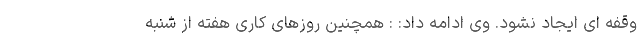
وقفه ای ایجاد نشود. وی ادامه داد: : همچنین روزهای کاری هفته از شنبه